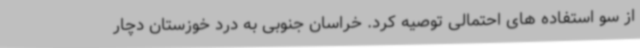
از سو استفاده های احتمالی توصیه کرد. خراسان جنوبی به درد خوزستان دچار